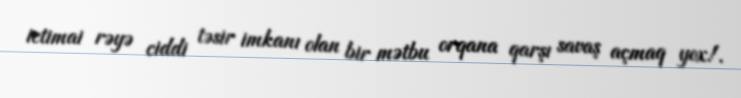
ictimai rəyə ciddi təsir imkanı olan bir mətbu orqana qarşı savaş açmaq yox!.